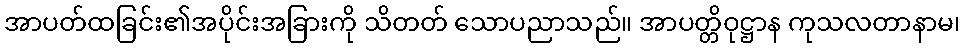
အာပတ်ထခြင်း၏အပိုင်းအခြားကို သိတတ် သောပညာသည်။ အာပတ္တိဝုဋ္ဌာန ကုသလတာနာမ၊